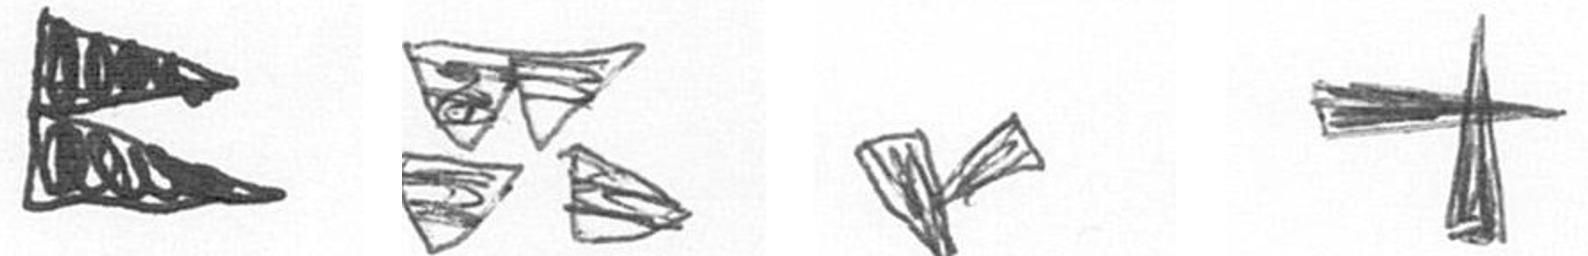
P B F G